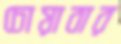
চোয়াবার